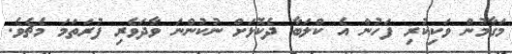
މަގާމުން ވަކިކުރި ފަހުން އެ ކްލަބާ ދެކޮޅަށް ނުކުންނަ ވާދަވެރި ފުރަތަމަ މެޗެވެ.